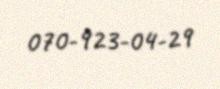
070-923-04-29